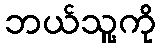
ဘယ်သူ့ကို